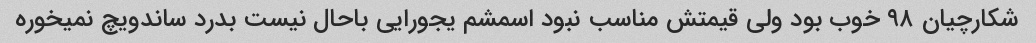
شکارچیان ۹۸ خوب بود ولی قیمتش مناسب نبود اسمشم یجورایی باحال نیست بدرد ساندویچ نمیخوره